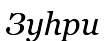
Зуһри